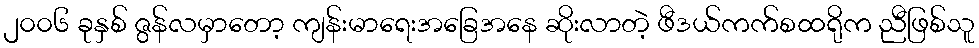
၂၀၀၆ ခုနှစ် ဇွန်လမှာတော့ ကျန်းမာရေးအခြေအနေ ဆိုးလာတဲ့ ဖီဒယ်ကက်စထရိုက ညီဖြစ်သူ